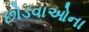
છોડવાઓના